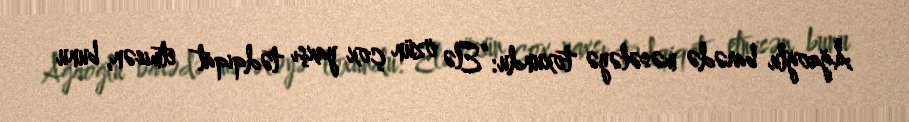
Ağaoğlu barədə məsələyə toxundu: “Elə özün çox yaxşı tədqiqat etmisən, bunu